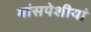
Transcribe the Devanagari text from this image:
मांसपेशीयां